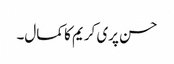
حسن پری کریم کا کمال۔